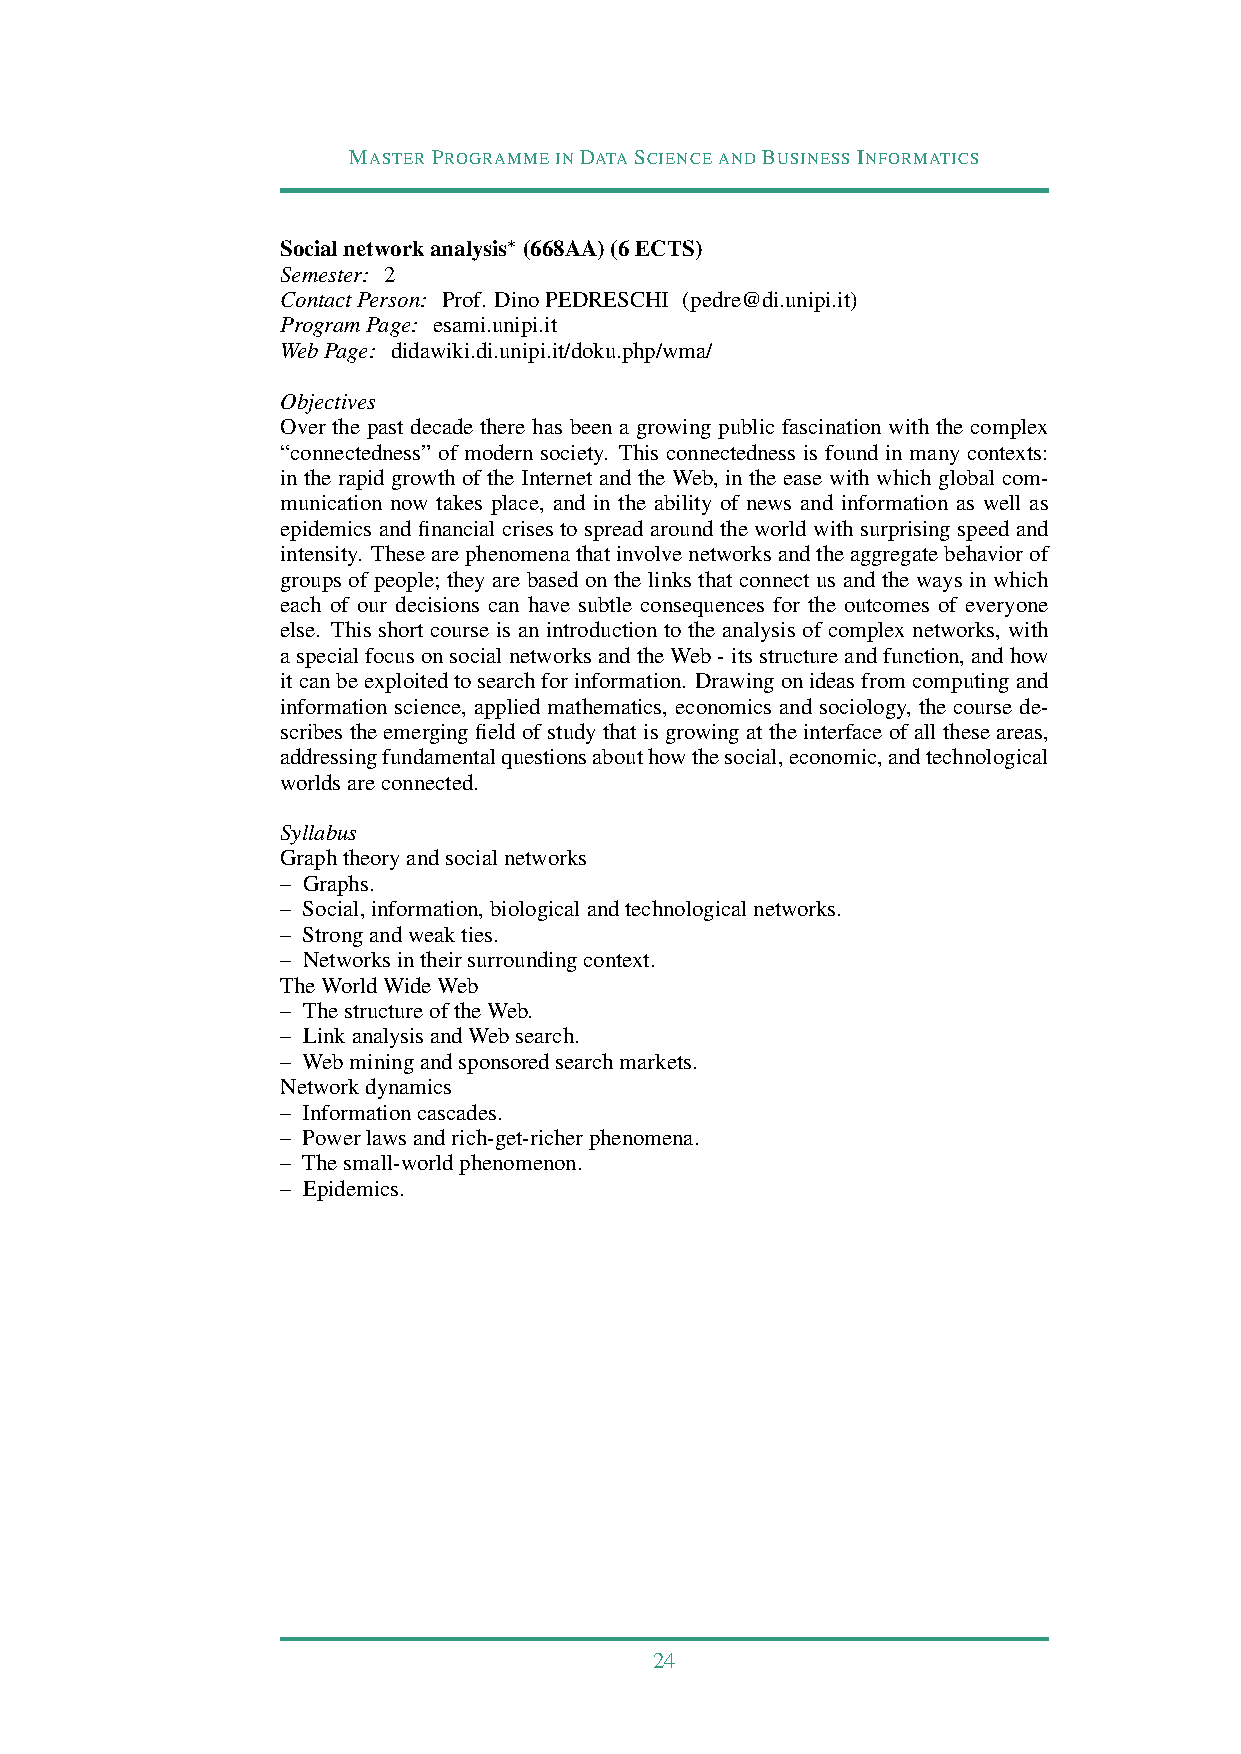
MASTERPROGRAMMEINDATASCIENCEANDBUSINESSINFORMATICS
 Socialnetworkanalysis∗ (668AA)(6ECTS)
 Semester: 2
 ContactPerson: Prof. DinoPEDRESCHI (pedre@di.unipi.it)
 ProgramPage: esami.unipi.it
 WebPage: didawiki.di.unipi.it/doku.php/wma/
 Objectives
 Over the past decade there has been a growing public fascination with the complex
 “connectedness” of modern society. This connectedness is found in many contexts:
 in the rapid growth of the Internet and the Web, in the ease with which global com-
 munication now takes place, and in the ability of news and information as well as
 epidemics and financial crises to spread around the world with surprising speed and
 intensity. Thesearephenomenathatinvolvenetworksandtheaggregatebehaviorof
 groups of people; they are based on the links that connect us and the ways in which
 each of our decisions can have subtle consequences for the outcomes of everyone
 else. This short course is an introduction to the analysis of complex networks, with
 aspecialfocusonsocialnetworksandtheWeb-itsstructureandfunction,andhow
 itcanbeexploitedtosearchforinformation. Drawingonideasfromcomputingand
 information science, applied mathematics, economics and sociology, the course de-
 scribes the emerging field of study that is growing at the interface of all these areas,
 addressingfundamentalquestionsabouthowthesocial,economic,andtechnological
 worldsareconnected.
 Syllabus
 Graphtheoryandsocialnetworks
 – Graphs.
 – Social,information,biologicalandtechnologicalnetworks.
 – Strongandweakties.
 – Networksintheirsurroundingcontext.
 TheWorldWideWeb
 – ThestructureoftheWeb.
 – LinkanalysisandWebsearch.
 – Webminingandsponsoredsearchmarkets.
 Networkdynamics
 – Informationcascades.
 – Powerlawsandrich-get-richerphenomena.
 – Thesmall-worldphenomenon.
 – Epidemics.
 24